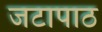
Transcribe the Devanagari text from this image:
जटापाठ